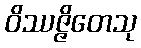
ဝိဿဇ္ဇိတေသု